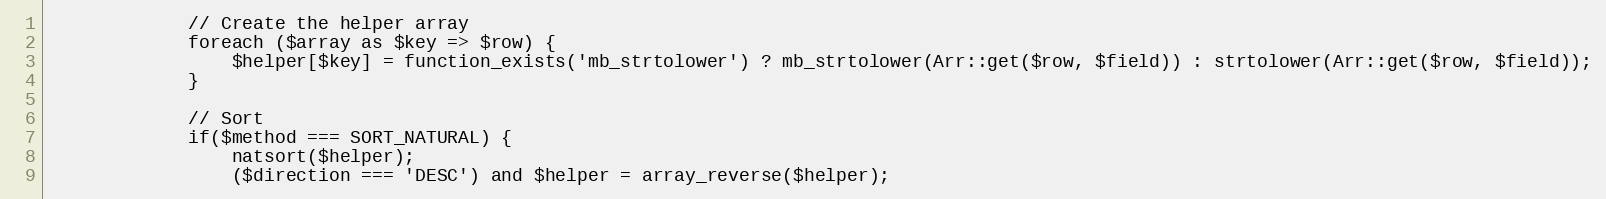
Language: PHP
             // Create the helper array
             foreach ($array as $key => $row) {
                 $helper[$key] = function_exists('mb_strtolower') ? mb_strtolower(Arr::get($row, $field)) : strtolower(Arr::get($row, $field));
             }

             // Sort
             if($method === SORT_NATURAL) {
                 natsort($helper);
                 ($direction === 'DESC') and $helper = array_reverse($helper);